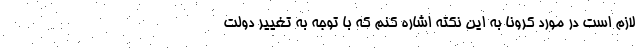
لازم است در مورد کرونا به این نکته اشاره کنم که با توجه به تغییر دولت